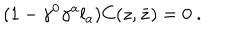
LaTeX: ( 1 - \gamma ^ { 0 } \gamma ^ { a } l _ { a } ) C ( z , \bar { z } ) = 0 \ .